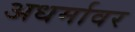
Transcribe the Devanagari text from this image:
अधर्मावर